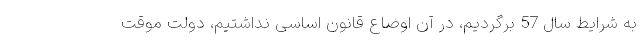
به شرایط سال 57 برگردیم، در آن اوضاع قانون اساسی نداشتیم، دولت موقت